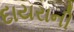
દાયરાની